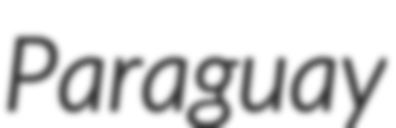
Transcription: Paraguay